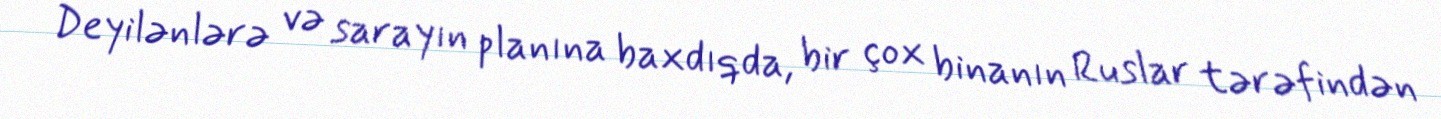
Deyilənlərə və sarayın planına baxdıqda, bir çox binanın Ruslar tərəfindən